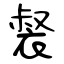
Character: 裻